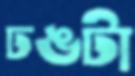
ঢঙটা